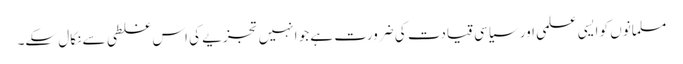
مسلمانوں کو ایسی علمی اور سیاسی قیادت کی ضرورت ہے جو انہیں تجزیے کی اس غلطی سے نکال سکے۔